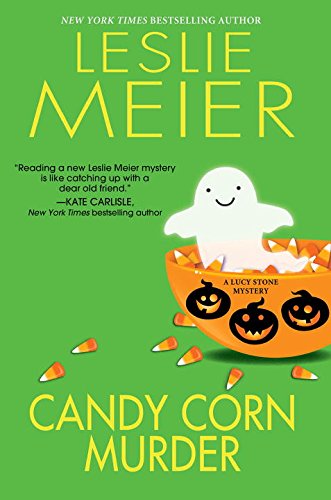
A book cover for Candy Corn Murder (A Lucy Stone Mystery); Leslie Meier; Mystery, Thriller & Suspense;